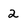
Character: 2